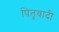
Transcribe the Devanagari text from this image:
पितृवादी